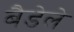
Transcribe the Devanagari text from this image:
बैडेले